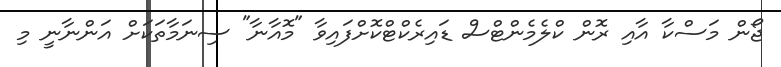
ޖޯން މަސްކާ އާއި ރޮން ކްލެމެންޓްސް ޑައިރެކްޓްކޮށްފައިވާ "މޮއާނާ" ސިނަމާތަކަށް އަންނާނީ މި